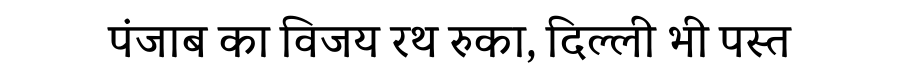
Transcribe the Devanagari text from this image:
पंजाब का विजय रथ रुका, दिल्ली भी पस्त